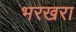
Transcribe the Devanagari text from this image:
भरखरा